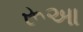
રૂઆ